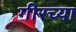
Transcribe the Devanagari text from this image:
गीरच्या